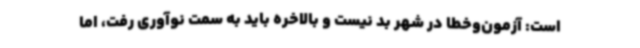
است: آزمون‌وخطا در شهر بد نیست و بالاخره باید به سمت نوآوری رفت، اما